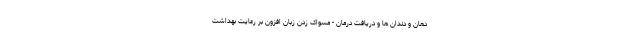
دهان و دندان ها و دریافت درمان - مسواک زدن زبان افزون بر رعایت بهداشت